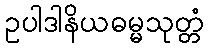
ဥပါဒါနိယဓမ္မသုတ္တံ